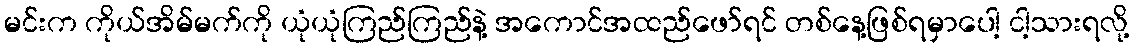
မင်းက ကိုယ်အိမ်မက်ကို ယုံယုံကြည်ကြည်နဲ့ အကောင်အထည်ဖော်ရင် တစ်နေ့ဖြစ်ရမှာပေါ့ ငါ့သားရလို့